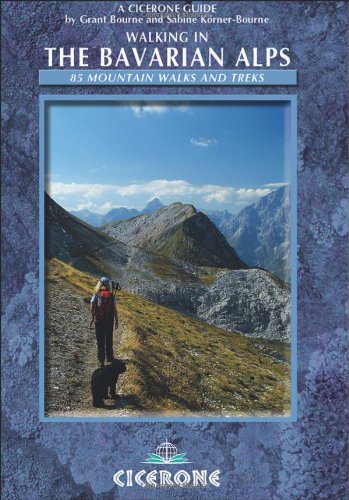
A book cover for Walking in the Bavarian Alps: 85 Mountain Walks and Treks (Cicerone Guide); Grant Bourne; Travel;